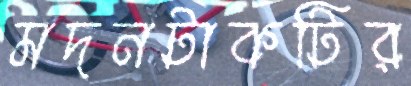
মদনটাকটির